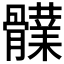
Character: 𩪫